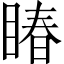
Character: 睶